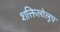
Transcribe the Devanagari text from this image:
शक्तिलोलुप